Report of the Imperial Institute of Veterinary Research, Muktesar
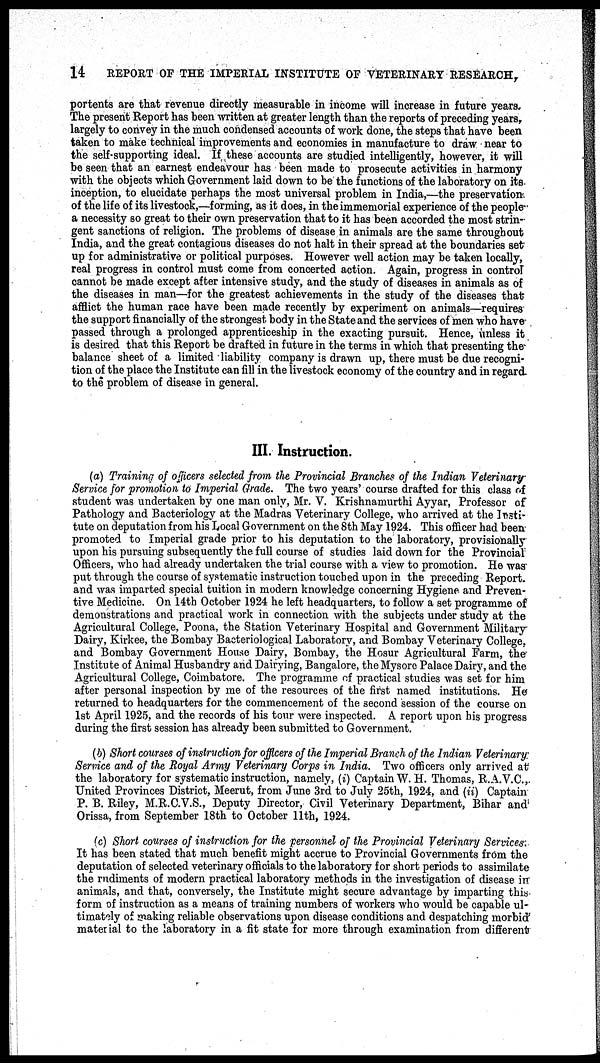
14
REPORT OF THE IMPERIAL INSTITUTE OF VETERINARY RESEARCH,
portents are that revenue directly measurable in income will increase in future years.
The present Report has been written at greater length than the reports of preceding years,
largely to convey in the much condensed accounts of work done, the steps that have been
taken to make technical improvements and economies in manufacture to draw near to
the self-supporting ideal. If these accounts are studied intelligently, however, it will
be seen that an earnest endeavour has been made to prosecute activities in harmony
with the objects which Government laid down to be the functions of the laboratory on its
inception, to elucidate perhaps the most universal problem in India,—the preservation
of the life of its livestock,—forming, as it does, in the immemorial experience of the people
a necessity so great to their own preservation that to it has been accorded the most strin-
gent sanctions of religion. The problems of disease in animals are the same throughout
India, and the great contagious diseases do not halt in their spread at the boundaries set
up for administrative or political purposes. However well action may be taken locally,
real progress in control must come from concerted action. Again, progress in control
cannot be made except after intensive study, and the study of diseases in animals as of
the diseases in man—for the greatest achievements in the study of the diseases that
afflict the human race have been made recently by experiment on animals—requires
the support financially of the strongest body in the State and the services of men who have
passed through a prolonged apprenticeship in the exacting pursuit. Hence, unless it
is desired that this Report be drafted in future in the terms in which that presenting the
balance sheet of a limited liability company is drawn up, there must be due recogni-
tion of the place the Institute can fill in the livestock economy of the country and in regard
to the problem of disease in general.
III. Instruction.
(a) Training of officers selected from the Provincial Branches of the Indian Veterinary
Service for promotion to Imperial Grade. The two years' course drafted for this class of
student was undertaken by one man only, Mr. V. Krishnamurthi Ayyar, Professor of
Pathology and Bacteriology at the Madras Veterinary College, who arrived at the Insti-
tute on deputation from his Local Government on the 8th May 1924. This officer had been
promoted to Imperial grade prior to his deputation to the laboratory, provisionally
upon his pursuing subsequently the full course of studies laid down for the Provincial
Officers, who had already undertaken the trial course with a view to promotion. He was
put through the course of systematic instruction touched upon in the preceding Report
and was imparted special tuition in modern knowledge concerning Hygiene and Preven-
tive Medicine. On 14th October 1924 he left headquarters, to follow a set programme of
demonstrations and practical work in connection with the subjects under study at the
Agricultural College, Poona, the Station Veterinary Hospital and Government Military
Dairy, Kirkee, the Bombay Bacteriological Laboratory, and Bombay Veterinary College,
and Bombay Government House Dairy, Bombay, the Hosur Agricultural Farm, the
Institute of Animal Husbandry and Dairying, Bangalore, the Mysore Palace Dairy, and the
Agricultural College, Coimbatore. The programme of practical studies was set for him
after personal inspection by me of the resources of the first named institutions. He
returned to headquarters for the commencement of the second session of the course on
1st April 1925, and the records of his tour were inspected. A report upon his progress
during the first session has already been submitted to Government.
(b) Short courses of instruction for officers of the Imperial Branch of the Indian Veterinary:
Service and of the Royal Army Veterinary Corps in India. Two officers only arrived at
the laboratory for systematic instruction, namely, (i) Captain W. H. Thomas, R.A.V.C.,.
United Provinces District, Meerut, from June 3rd to July 25th, 1924, and (ii) Captain
P. B. Riley, M.R.C.V.S., Deputy Director, Civil Veterinary Department, Bihar and
Orissa, from September 18th to October 11th, 1924.
(c) Short courses of instruction for the personnel of the Provincial Veterinary Services.
It has been stated that much benefit might accrue to Provincial Governments from the
deputation of selected veterinary officials to the laboratory for short periods to assimilate
the rudiments of modern practical laboratory methods in the investigation of disease in
animals, and that, conversely, the Institute might secure advantage by imparting this
form of instruction as a means of training numbers of workers who would be capable ul-
timately of making reliable observations upon disease conditions and despatching morbid
material to the laboratory in a fit state for more through examination from different